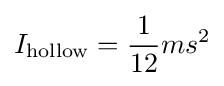
I_{\mathrm {hollow} }={\frac {1}{12}}ms^{2}\,\!